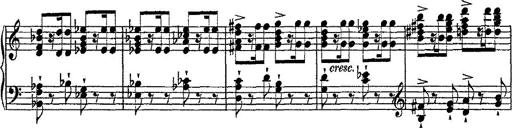
Title: Fantaisie romantique sur deux mÃ©lodies suisses
Composer: Franz Liszt